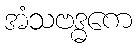
အံသဗဒ္ဓကေ